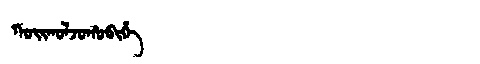
Manchu: ᡴᠣᡳᡴᠣᠯᠵᠣᡥᠣᠪᡳᡥᡝ
Romanization: KOIKOLJOHOBIHE